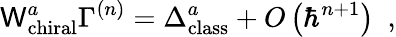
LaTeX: \mathsf{W}_{\mathrm{{chiral}}}^{a}\Gamma^{\left(n\right)}=\Delta_{\mathrm{{class}}}^{a}+O\left(\hbar^{n+1}\right)\, \, \, ,